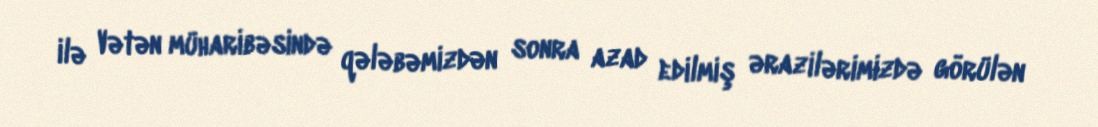
ilə Vətən müharibəsində qələbəmizdən sonra azad edilmiş ərazilərimizdə görülən